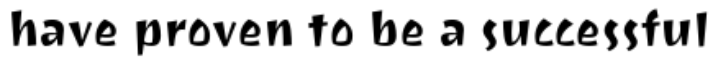
have proven to be a successful